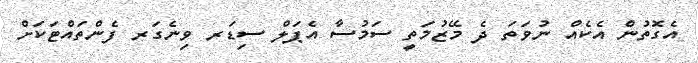
އެގޮތުން އެކެއް ނުވަތަ ދެ މޭޒުމަތީ ސަމުސާ އެޕަލް ސިޑަރ ވިނެގަރ ފެންތައްޓަކަށް